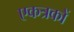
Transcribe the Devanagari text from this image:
एकत्रकों